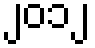
၂၀၁၂